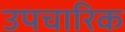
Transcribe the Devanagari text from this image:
उपचारिक